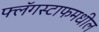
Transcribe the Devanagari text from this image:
फ्लॅगस्टाफमधील